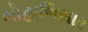
લોહાભિસાર